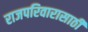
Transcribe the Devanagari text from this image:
राजपरिवारासाठी